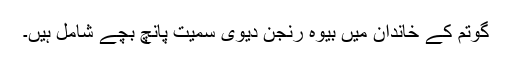
گوتم کے خاندان میں بیوہ رنجن دیوی سمیت پانچ بچے شامل ہیں۔